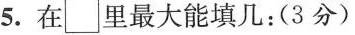
5.在\square里最大能填几:(3分)